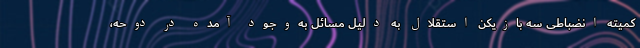
کمیته انضباطی سه بازیکن استقلال به دلیل مسائل به‌وجود آمده در دوحه،